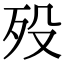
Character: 殁